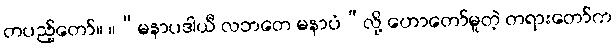
တပည့်တော်။ ။“မနာပဒါယီ လဘတေ မနာပံ”လို့ ဟောတော်မူတဲ့ တရားတော်က